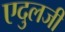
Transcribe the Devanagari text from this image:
एदुलजी